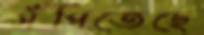
সঁপিতেছে